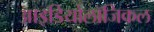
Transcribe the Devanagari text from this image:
आइडियोलॉजिकल